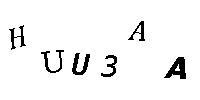
HUU3AA